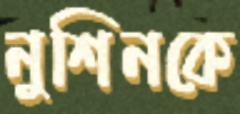
নুশিনকে